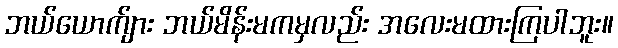
ဘယ်ယောက်ျား ဘယ်မိန်းမကမှလည်း အလေးမထားကြပါဘူး။